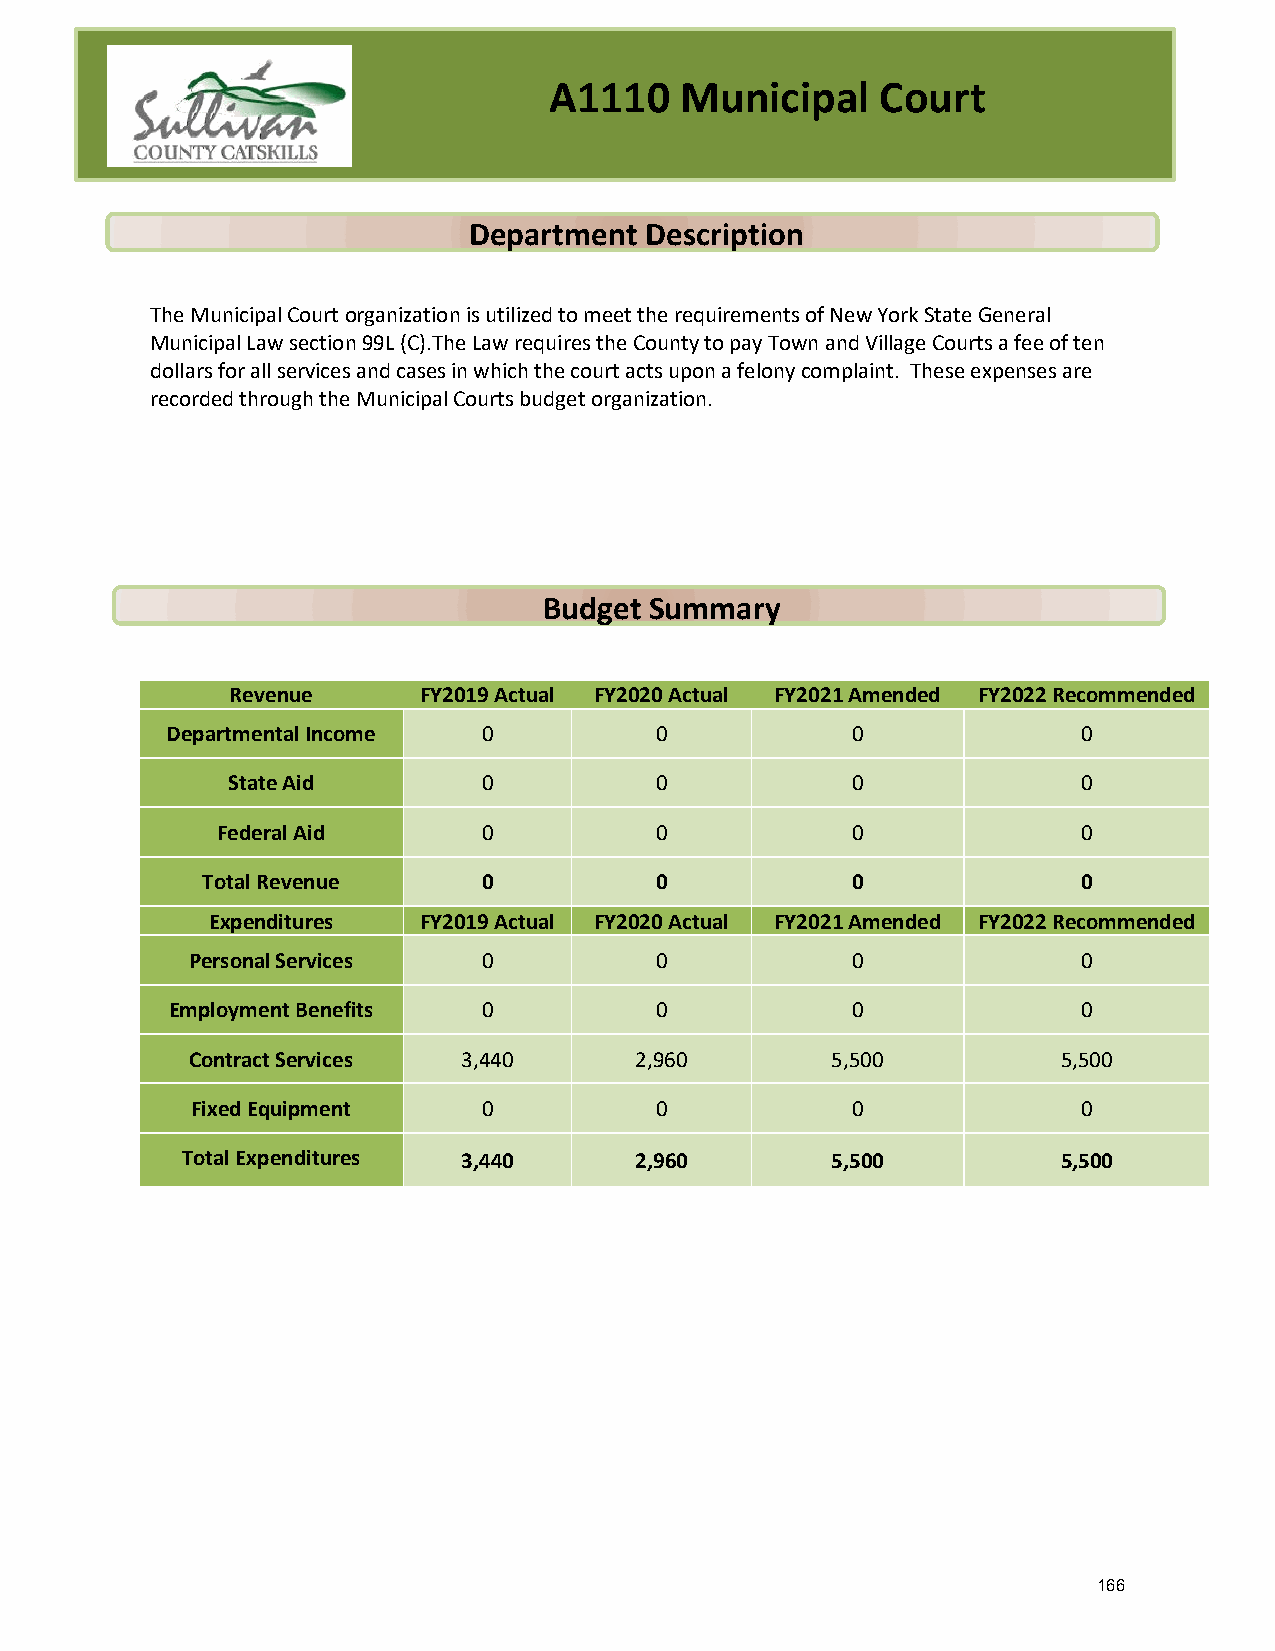
A1110    Municipal    Court
 Department  Description
 The Municipal Court organization is utilized to meet the requirements of New York State General
 Municipal Law section 99L (C).The Law requires the County to pay Town and Village Courts a fee of ten
 dollars for all services and cases in which the court acts upon a felony complaint. These expenses are
 recorded through the Municipal Courts budget organization.
 Budget Summary
 Revenue      FY2019 Actual FY2020 Actual FY2021 Amended FY2022 Recommended
 Departmental Income  0          0            0               0
 State Aid        0          0            0               0
 Federal Aid       0          0            0               0
 Total Revenue      0          0            0               0
 Expenditures  FY2019 Actual FY2020 Actual FY2021 Amended FY2022 Recommended
 Personal Services   0          0            0               0
 Employment Benefits  0          0            0               0
 Contract Services  3,440      2,960        5,500          5,500
 Fixed Equipment    0          0            0               0
 Total Expenditures 3,440      2,960        5,500          5,500
 166